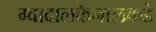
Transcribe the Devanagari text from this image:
ग्वादालकॅनालकडे